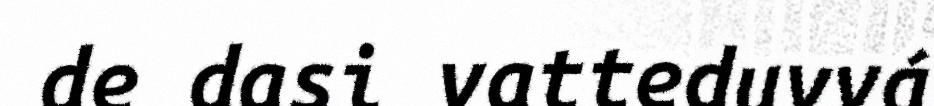
de dasi vatteduvvá